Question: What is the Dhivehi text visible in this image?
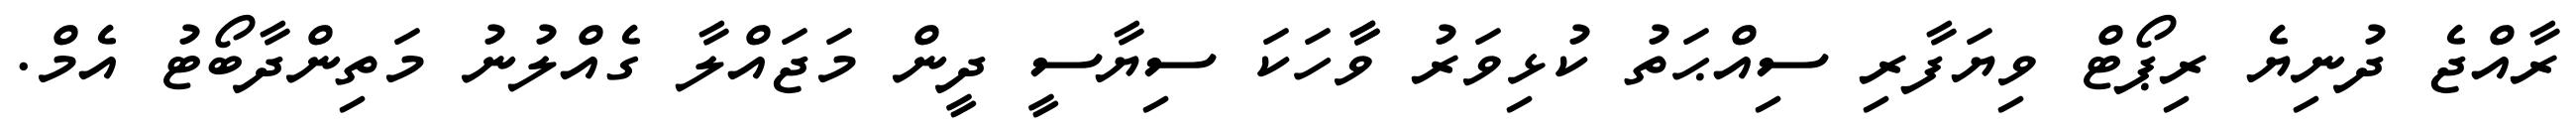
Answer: ރާއްޖެ ދުނިޔެ ރިޕޯޓް ވިޔަފާރި ސިއްޙަތު ކުޅިވަރު ވާާހަކަ ސިޔާސީ ދީން މަޖައްލާ ގެއްލުނު މަތިންދާބޯޓު އެމް.